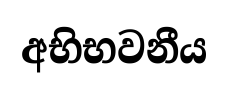
අභිභවනීය